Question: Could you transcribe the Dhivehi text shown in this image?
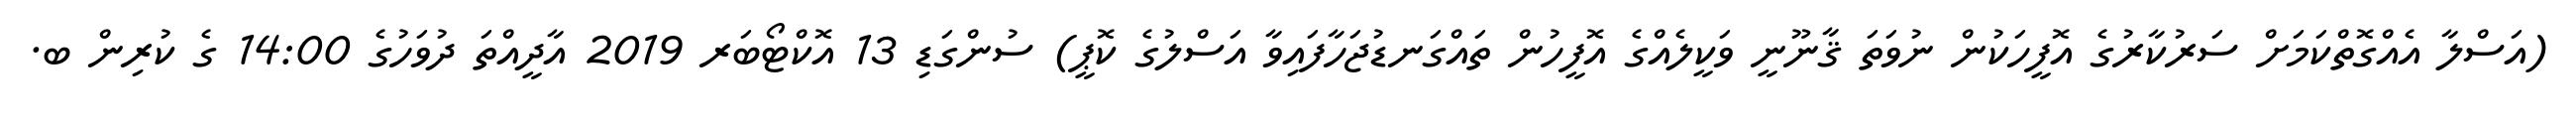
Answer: (އަސްލާ އެއްގޮތްކަމަށް ސަރުކާރުގެ އޮފީހަކުން ނުވަތަ ޤާނޫނީ ވަކީލެއްގެ އޮފީހުން ތައްގަނޑުޖަހާފައިވާ އަސްލުގެ ކޮޕީ) ސުންގަޑި 13 އޮކްޓޯބަރ 2019 އާދީއްތަ ދުވަހުގެ 14:00 ގެ ކުރިން ބ.